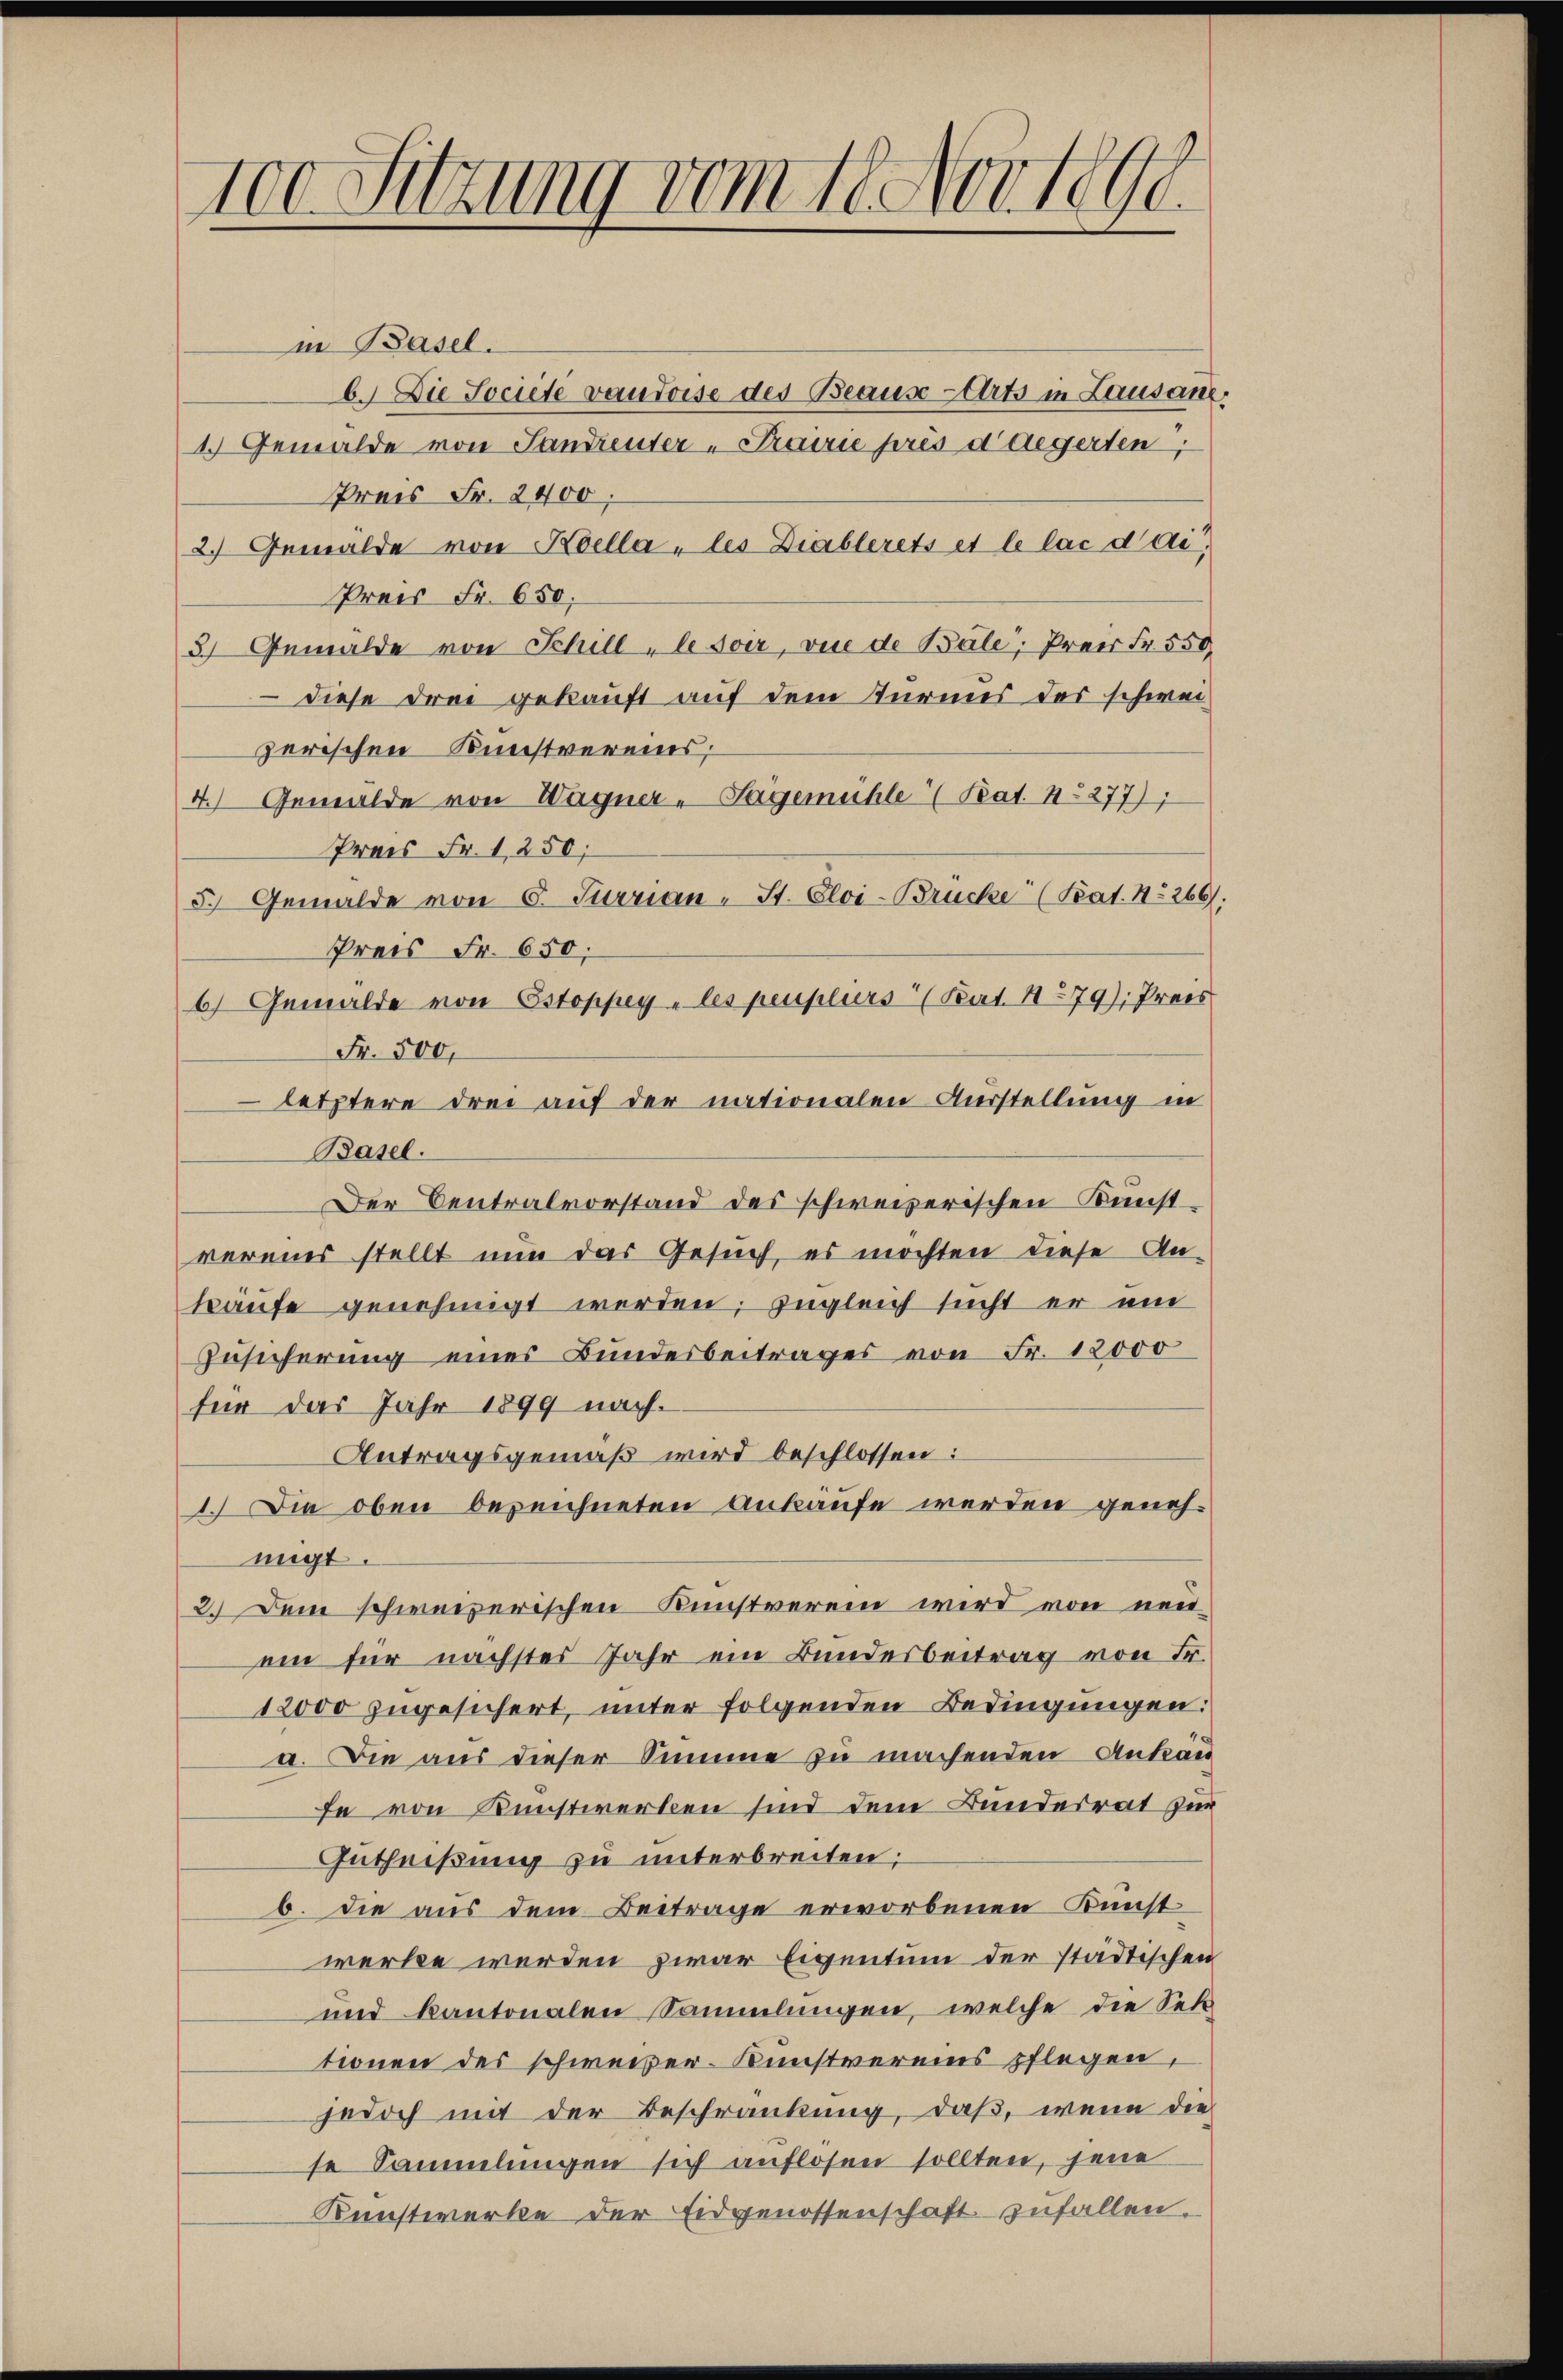
100 Sitzung vom 18. Nov. 1890

in Basel.
6. Die Societe vaudoise des Beause Orts in Lausane
1. Gemälde von Landienter-Frairie prés d’aegerten,
Preis Fr. 2400;
2.) Gemälde von Koella - les Diablerets et le lac dai¬
Preis Fr. 650;
3.) Gemälde von Schill - lasser, vie de Bale, Preis Fr. 550
 diese drei gekauft auf dem Turmes des schwei-
zerischen Kunstvereins,
4.) Gemälde von Wagner - Sagemühle (Kat. N. 277),
Preis Fr. 1250;
5. Gemälde von C. Surrian - St. Eloi-Brücke (Peat. 11. 266).
Preis Fr. 650.
6) Gemälde von Estoppey - les peupliers (Bat. No 79); Preis
Fr. 500,
 letztere drei auf der nationalen Ausstellung in
Basel.
Der Centralvorstand des schweizerischen Kunst
vereins stellt nun das Gesuch, es möchten diese An-
käufe genehmigt werden; zugleich sucht er ein
Zusicherung eines Bundesbeitrages von Fr. 12000
für das Jahr 1899 nach.
Antragsgemäß wird beschlossen:
1. Die oben bezeichneten ankäufe werden genehmigt.
2. Dem schweizerischen Kunstverein wird von neuein für nächstes Jahr ein Bundesbeitrag von Fr.
12000 zugesichert, unter folgenden Bedingungen:
a. Die aus dieser Summe zu machenden Ankäufe von Kunstwerken sind dem Bundesrat zur
Gutheißung zu unterbreiten;
b. die aus dem Beitrage erworbenen Kunst
werke werden zwar Eigentume der städtischen
und kantonalen Sammlungen, welche die Setz
tionen des schweizer-Kunstvereins pflegen,
jedoch mit der Beschränkung, daß, wenn die
se Sammlungen sich auflosen sollten, jene
Kunstwerke der Eidgenossenschaft zufallen.